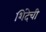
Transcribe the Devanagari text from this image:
शिंदेची